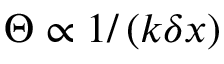
\Theta \propto 1 / \left( k \delta x \right)